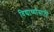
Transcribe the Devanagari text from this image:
विद्यार्थ्‍यांसाठी